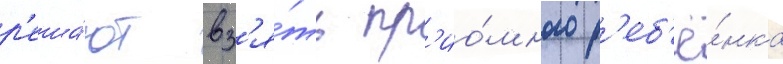
р'еша́ют вз'я́ть пр'ио́много р'еб'ё́нка